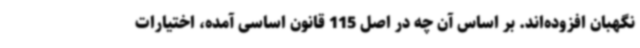
نگهبان افزوده‌اند. بر اساس آن چه در اصل 115 قانون اساسی آمده، اختیارات